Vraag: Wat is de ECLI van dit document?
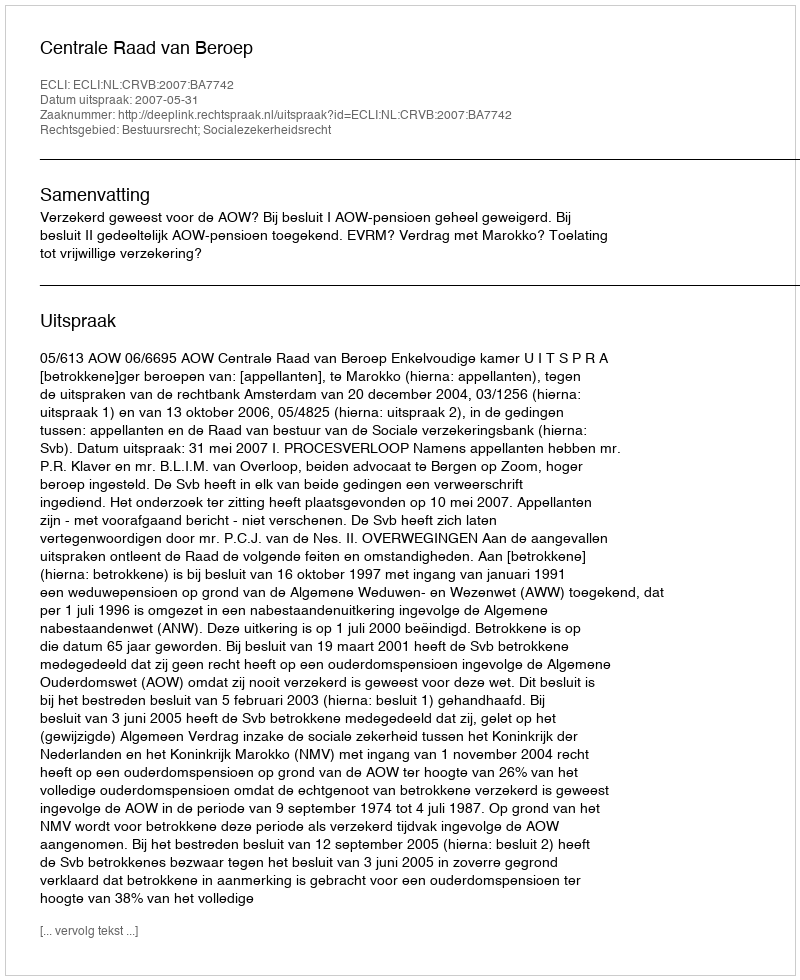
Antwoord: ECLI:NL:CRVB:2007:BA7742